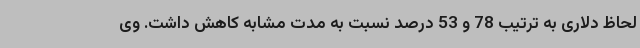
لحاظ دلاری به ترتیب 78 و 53 درصد نسبت به مدت مشابه کاهش داشت. وی